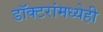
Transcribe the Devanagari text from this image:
डॉक्टरांमध्येही